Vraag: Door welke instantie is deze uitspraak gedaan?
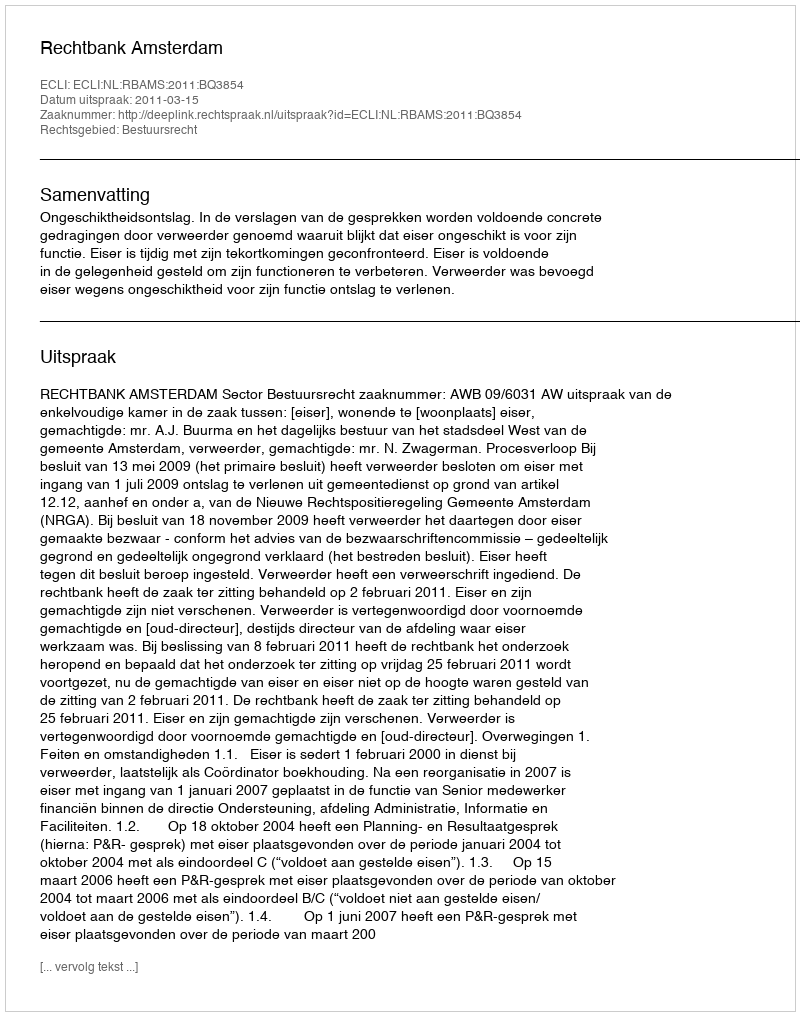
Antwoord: Rechtbank Amsterdam